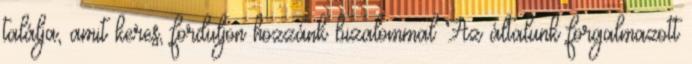
találja, amit keres, forduljon hozzánk bizalommal Az általunk forgalmazott